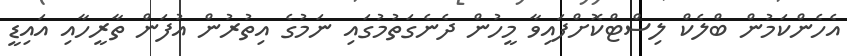
އެހެންކަމުން ބްލެކް ލިސްޓްކޮށްފައިވާ މީހުން ދެނެގަތުމުގައި ނަމުގެ އިތުރުން އުފަން ތާރީހާއި އައިޑީ